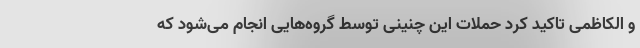
و الکاظمی تاکید کرد حملات این چنینی توسط گروه‌هایی انجام می‌شود که